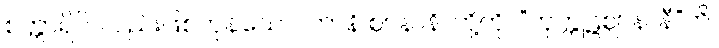
စတ္တာရိပိ၊ လည်းဖြစ်ကုန်သော။ တာနိ ဈာနာနိ၊ တို့ကို။ “ကုက္ကုဋဈာနာနီ”တိ၊